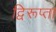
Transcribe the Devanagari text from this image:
द्विरूप्ता